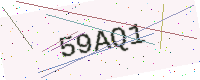
Text: 59AQ1